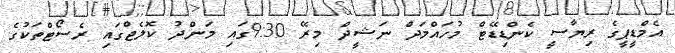
އެމްޑީޕީގެ ރިޔާސީ ކެންޑިޑޭޓް މުހައްމަދް ނަޝީދް މިރޭ 9:30ގައި މަންދު ކޮލެޖްގައި ރެސޯޓްތަކުގެ